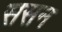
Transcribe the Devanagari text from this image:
ससन